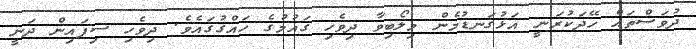
ދުވަސްތައް ހޭދަކުރަނީ އަޅުގަނޑުމެން މިލޯބިވާ ދިވެހި ގައުމުގެ ހައްގުގައެވެ. ދިވެހި ސިފައިން ދަނީ